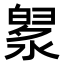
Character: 𣼙